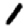
Digit: 1